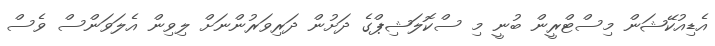
އެޑިއުކޭޝަން މިިސްޓްރީން ބުނީ މި ސްކޮލަޝިޕްގެ ދަށުން ދަރިވަރުންނަށް ލިވިން އެލަވަންސް ވެސް